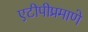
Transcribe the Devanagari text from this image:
एटीपीप्रमाणे